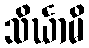
သိင်္ဃာမိ